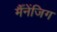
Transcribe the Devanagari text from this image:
मैँनेंजिग